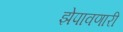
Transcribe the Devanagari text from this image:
झेपावणारी